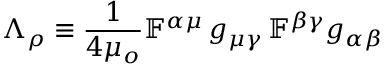
\Lambda _ { \rho } \equiv \frac { 1 } { 4 \mu _ { o } } \mathbb { F } ^ { \alpha \mu } \, g _ { \mu \gamma } \, \mathbb { F } ^ { \beta \gamma } g _ { \alpha \beta }